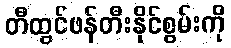
တီထွင်ဖန်တီးနိုင်စွမ်းကို